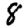
Digit: 8